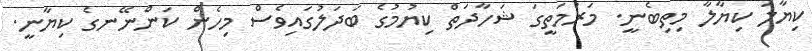
ކިޔާލަ ކިޔާލާ މިތިބެނީ. މަރުމަތީގަ ޝަހާދަތް ކިޔުމުގެ ބަދަލުގައިވެސް މިހެން ކަންނޭނގެ ކިޔާނީ.